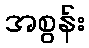
အစွန်း